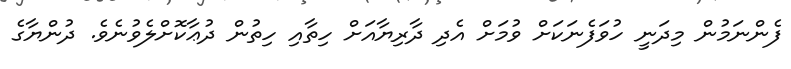
ފެންނަމުން މިދަނީ ހުވަފެނަކަށް ވުމަށް އެދި ދާރިޔާއަށް ހިތާއި ހިތުން ދުޢާކޮށްލެވުނެވެ. ދުންޔާގެ